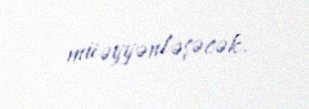
müəyyənləşəcək.